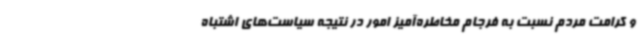
و کرامت مردم نسبت به فرجام مخاطره‌آمیز امور در نتیجه سیاست‌های اشتباه